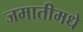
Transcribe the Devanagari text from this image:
जमातीमधे